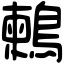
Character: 鶫